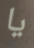
يا